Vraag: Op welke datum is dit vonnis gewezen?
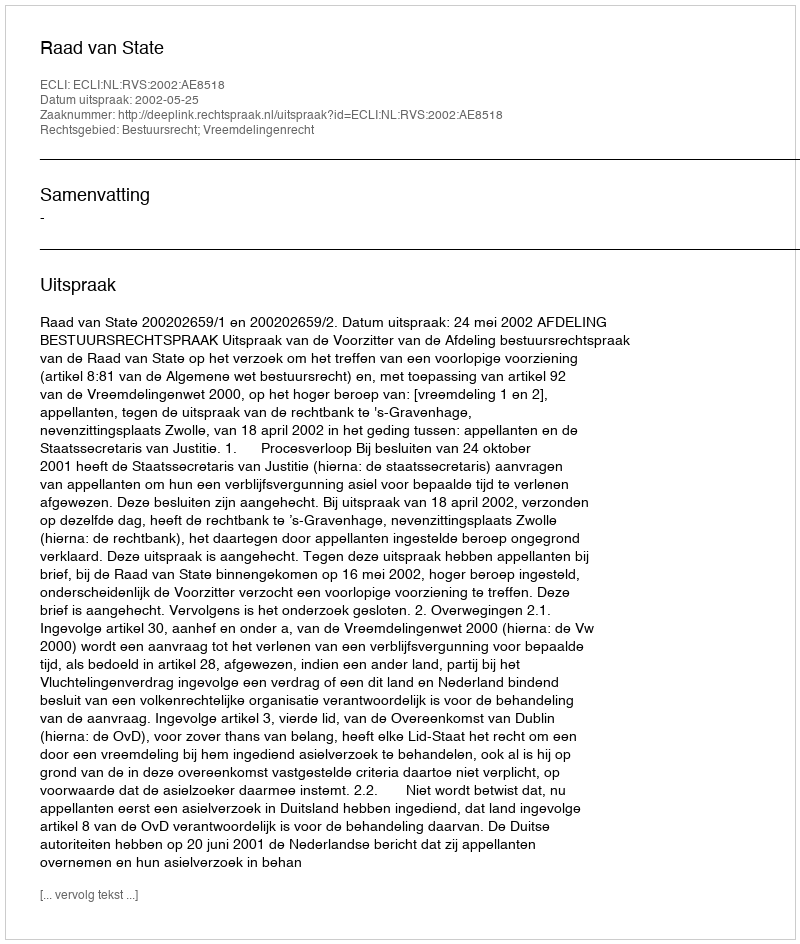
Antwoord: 2002-05-25